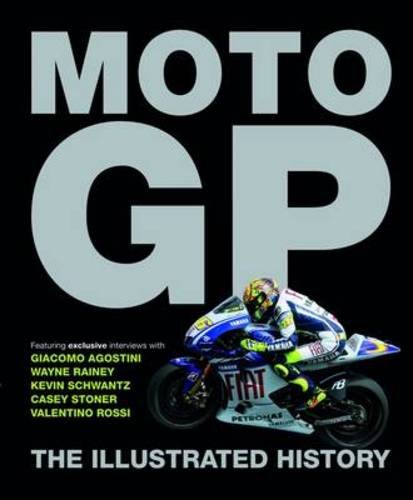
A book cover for Ultimate History of MotoGP; Michael Scott; Sports & Outdoors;